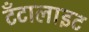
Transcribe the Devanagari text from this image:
टँटालाइट